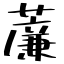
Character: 薕